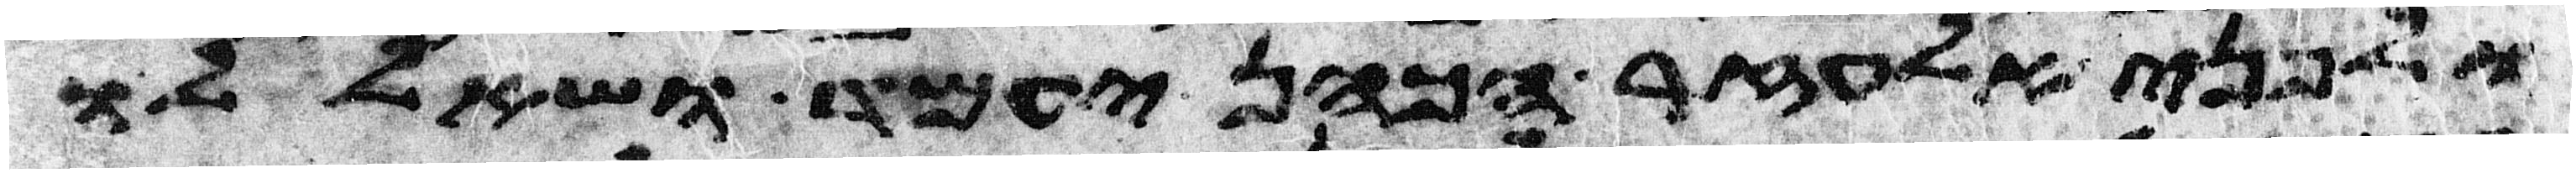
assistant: ולפני אלעזר הכהן יעמד ושאל לו